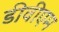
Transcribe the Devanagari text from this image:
डीवीएम